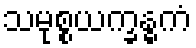
သမုစ္စယက္ခန္ဓကံ